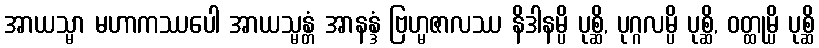
အာယသ္မာ မဟာကဿပေါ အာယသ္မန္တံ အာနန္ဒံ ဗြဟ္မဇာလဿ နိဒါနမ္ပိ ပုစ္ဆိ, ပုဂ္ဂလမ္ပိ ပုစ္ဆိ, ဝတ္ထုမ္ပိ ပုစ္ဆိ